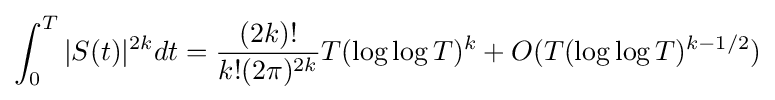
\int _{0}^{T}|S(t)|^{2k}dt={\frac {(2k)!}{k!(2\pi )^{2k}}}T(\log \log T)^{k}+O(T(\log \log T)^{k-1/2})